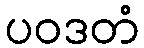
ပဝဒတံ